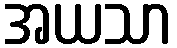
အယသာ